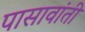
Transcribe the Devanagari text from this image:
पासावांती